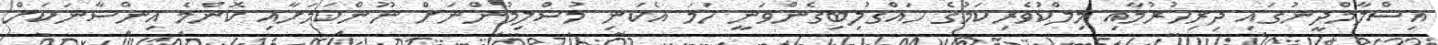
އިސްލާމްދީނުގައި ދިރިހުރުމާއި މިލްކުވެރިކަމުގެ ހައްގުލިބިގެންވަނީ ހަމަ އެކަނި މުސްލިމުންނަށް ނޫންކަމަށާއި ކޮންމެ އިންސާނަކަށް